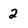
Character: 2